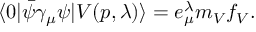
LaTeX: \langle 0 | \bar { \psi } \gamma _ { \mu } \psi | V ( p , \lambda ) \rangle = e _ { \mu } ^ { \lambda } m _ { V } f _ { V } .